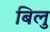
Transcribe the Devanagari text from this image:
बिलु